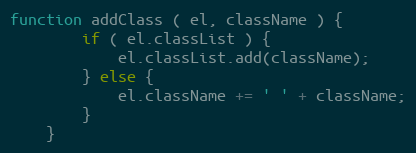
Language: JavaScript
function addClass ( el, className ) {
        if ( el.classList ) {
            el.classList.add(className);
        } else {
            el.className += ' ' + className;
        }
    }